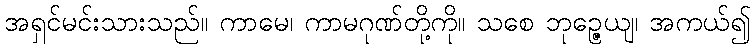
အရှင်မင်းသားသည်။ ကာမေ၊ ကာမဂုဏ်တို့ကို။ သစေ ဘုဉ္ဇေယျ၊ အကယ်၍